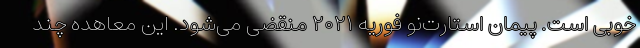
خوبی است. پیمان استارت‌نو فوریه ۲۰۲۱ منقضی می‌شود. این معاهده چند